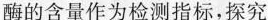
酶的含量作为检测指标，探究